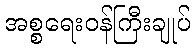
အစ္စရေးဝန်ကြီးချုပ်